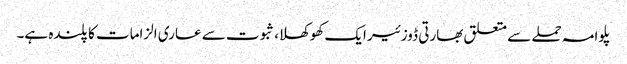
پلوامہ حملے سے متعلق بھارتی ڈوزئیر ایک کھوکھلا، ثبوت سے عاری الزامات کا پلندہ ہے۔